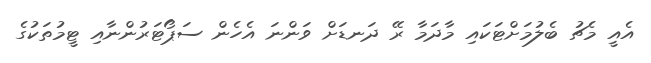
އެއީ މެޗު ބެލުމަށްޓަކައި މާދަމާ ރޭ ދަނޑަށް ވަންނަ އެހެން ސަޕޯޓަރުންނާއި ޓީމުތަކުގެ